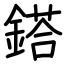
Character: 鎝